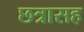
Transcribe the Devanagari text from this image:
छत्रासह